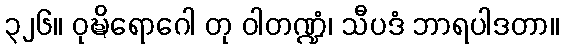
၃၂၆။ ဝုဍ္ဎိရောဂေါ တု ဝါတဏ္ဍံ၊ သီပဒံ ဘာရပါဒတာ။